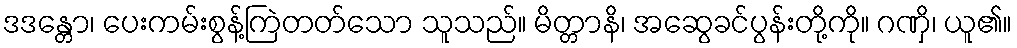
ဒဒန္တော၊ ပေးကမ်းစွန့်ကြဲတတ်သော သူသည်။ မိတ္တာနိ၊ အဆွေခင်ပွန်းတို့ကို။ ဂဏှိ၊ ယူ၏။